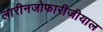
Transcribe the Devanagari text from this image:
लारीनजोफारीजीयाल